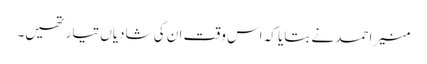
منیر احمد نے بتایا کہ اس وقت ان کی شادیاں تیار تھیں۔